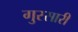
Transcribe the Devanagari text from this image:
गुरसारी